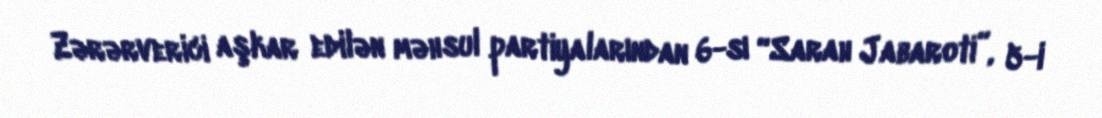
Zərərverici aşkar edilən məhsul partiyalarından 6-sı “Sarah Jabaroti”, 5-i